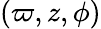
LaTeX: (\varpi,z,\phi)